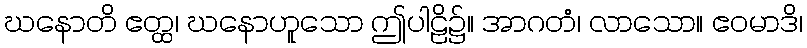
ဃနောတိ ဧတ္ထ၊ ဃနောဟူသော ဤပါဠိ၌။ အာဂတံ၊ လာသော။ ဧဝမာဒိ၊